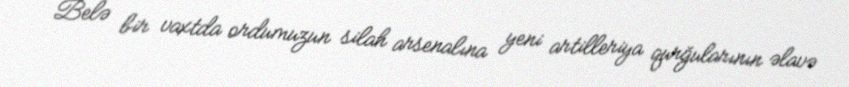
Belə bir vaxtda ordumuzun silah arsenalına yeni artilleriya qurğularının əlavə